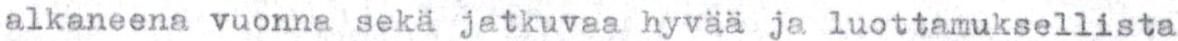
alkaneena vuonna seka jatkuvaa hyvää ja luottamuksellista